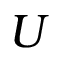
U